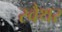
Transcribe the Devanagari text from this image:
स्वैथर